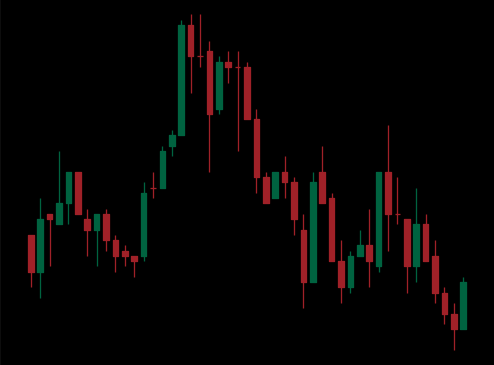
Pattern: head_shoulders